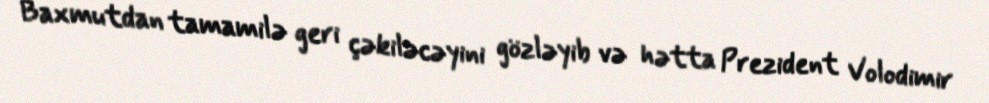
Baxmutdan tamamilə geri çəkiləcəyini gözləyib və hətta Prezident Volodimir